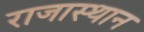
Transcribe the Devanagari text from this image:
राजास्थान